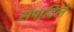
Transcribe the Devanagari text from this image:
संपादिलें